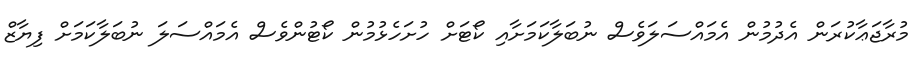
މުރާޖަޢާކުރަން އެދުމުން އެމައްސަލަވެސް ނުބަލާކަމަށާއި ކޯޓަށް ހުށަހެޅުމުން ކޯޓުންވެސް އެމައްސަލަ ނުބަލާކަމަށް ފިޔާޒް